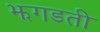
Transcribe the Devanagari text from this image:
झगडती